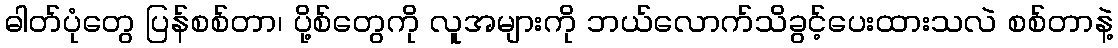
ဓါတ်ပုံတွေ ပြန်စစ်တာ၊ ပို့စ်တွေကို လူအများကို ဘယ်လောက်သိခွင့်ပေးထားသလဲ စစ်တာနဲ့